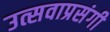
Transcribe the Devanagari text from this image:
उत्सवाप्रसंगी